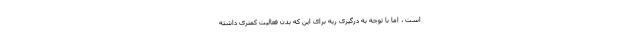
است ، اما با توجه به درگیری ریه برای این که بدن فعالیت کمتری داشته